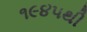
૧૯૪૫થી